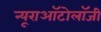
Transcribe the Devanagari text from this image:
न्यूराऑटोलॉजी